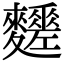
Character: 𪎀